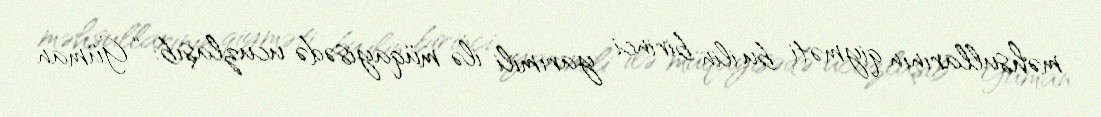
məhsullarının qiyməti bu ilin birinci yarımili ilə müqayisədə ucuzlaşıb: “Güman